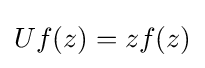
\displaystyle {Uf(z)=zf(z)}